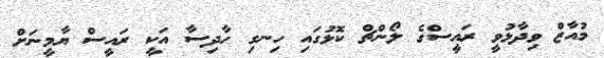
މުއާޒް ވިދާޅުވީ ރައީސްގެ ލޯންޗް ކޮޅުގައި ހިނގި ހާދިސާ އަކީ ރައީސް ޔާމީނަށް